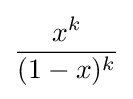
{\frac {x^{k}}{(1-x)^{k}}}